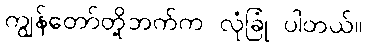
ကျွန်တော်တို့ဘက်က လုံခြုံ ပါတယ်။